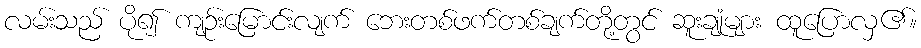
လမ်းသည် ပို၍ ကျဉ်းမြောင်းလျက် ဘေးတစ်ဖက်တစ်ချက်တို့တွင် ဆူးချုံများ ထူပြောလှ၏။